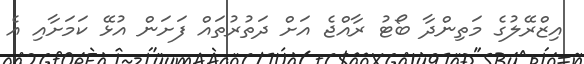
އިޒްރޭލުގެ މަތިންދާ ބޯޓު ރާއްޖެ އަށް ދަތުރުތައް ފަށަން އުޅޭ ކަމަށާއި އެ